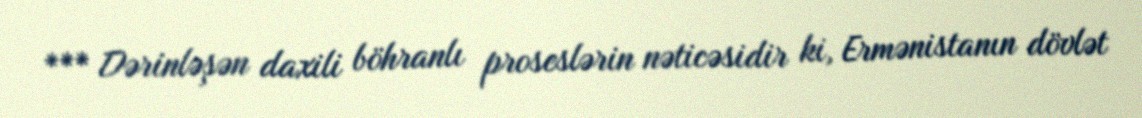
*** Dərinləşən daxili böhranlı proseslərin nəticəsidir ki, Ermənistanın dövlət